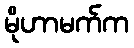
မိုဟာမက်က